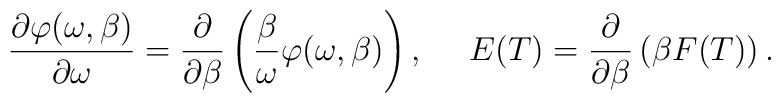
\frac{\partial \varphi(\omega,\beta)}{\partial \omega}=\frac {\partial}{\partial \beta}\left( \frac{\beta}{\omega}\varphi(\omega,\beta) \right),~~~~E(T)=\frac{\partial}{\partial \beta}\left( \beta F(T)\right).